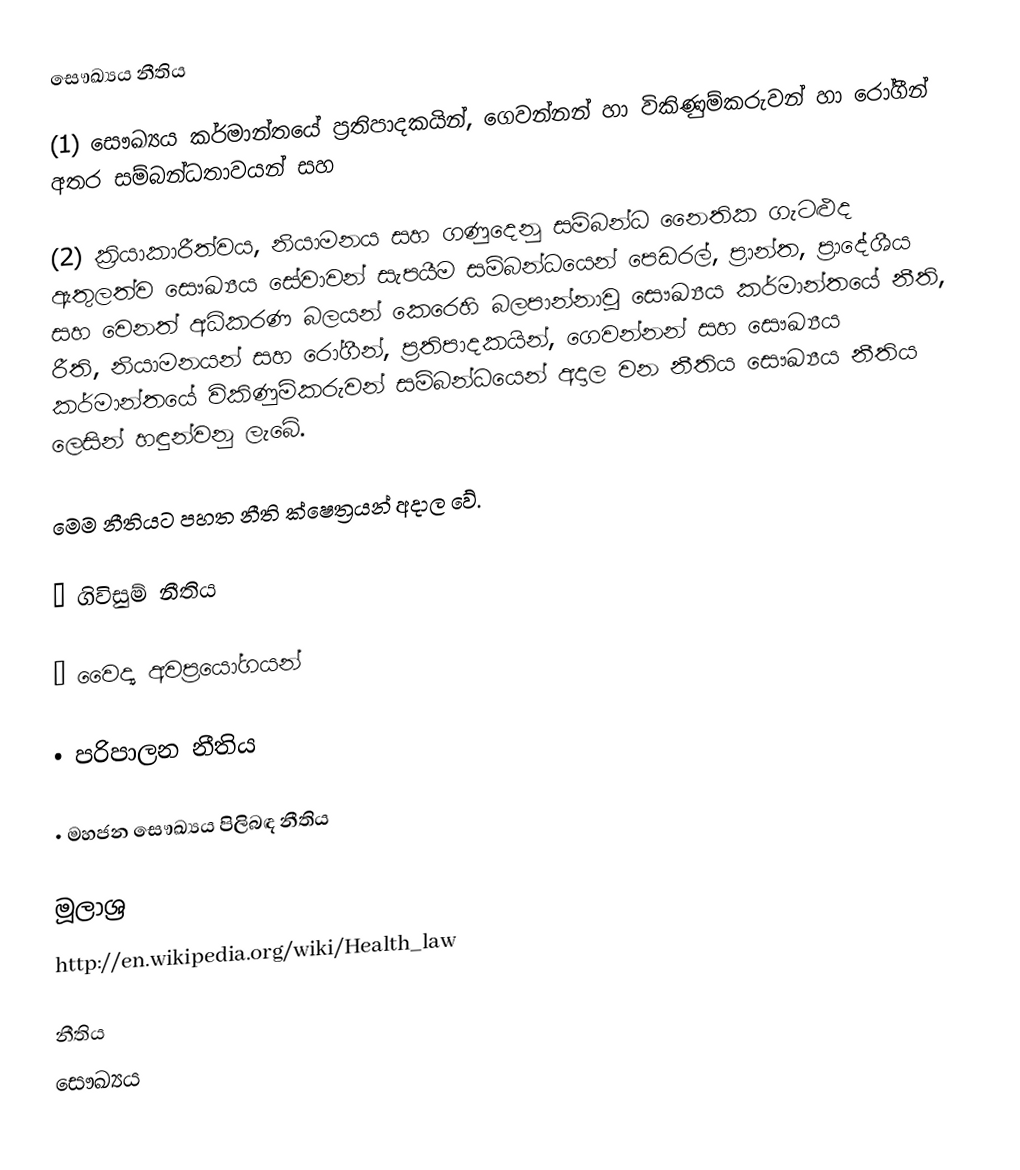
සෞඛ්‍යය නීතිය

(1) සෞඛ්‍යය කර්මාන්තයේ ප්‍රතිපාදකයින්, ගෙවන්නන් හා විකිණුම්කරුවන් හා රෝගීන් අතර සම්බන්ධතාවයන් සහ

(2) ක්‍රියාකාරීත්වය, නියාමනය සහ ගණුදෙනු සම්බන්ධ නෛතික ගැටළුද ඇතුලත්ව සෞඛ්‍යය සේවාවන් සැපයීම සම්බන්ධයෙන් පෙඩරල්, ප්‍රාන්ත, ප්‍රාදේශීය සහ වෙනත් අධිකරණ බලයන් කෙරෙහි බලපාන්නාවූ සෞඛ්‍යය කර්මාන්තයේ නීති, රීති, නියාමනයන් සහ රෝගීන්, ප්‍රතිපාදකයින්, ගෙවන්නන් සහ සෞඛ්‍යය කර්මාන්තයේ විකිණුම්කරුවන් සම්බන්ධයෙන් අදාල වන නීතිය සෞඛ්‍යය නීතිය ලෙසින් හඳුන්වනු ලැබේ.

මෙම නීතියට පහත නීති ක්ෂෙත්‍රයන් අදාල වේ.

•	ගිවිසුම් නීතිය

•	වෛද්‍ය අවප්‍රයෝගයන්

•	පරිපාලන නීතිය

•	මහජන සෞඛ්‍යය පිලිබඳ නීතිය

මූලාශ්‍ර
http://en.wikipedia.org/wiki/Health_law

නීතිය
සෞඛ්‍යය